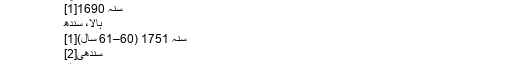
شاہ عبد اللطیف بھٹائی - آزاد دائرۃ المعارف، ویکیپیڈیا
(سندھی میں: شاه عبد اللطيف ڀٽائي)
سنہ 1690[1]
ہالا، سندھ
سنہ 1751 (60–61 سال)[1]
سندھی[2]
شاہ جو رسالو
شاہ عبد اللطیف بھٹائی (سندھی زبان، شاہ عبد اللطیف بھٹائی) برصغیر کے عظیم صوفی شاعر تھے۔